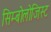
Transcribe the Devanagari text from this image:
सिम्बोलोजिस्ट